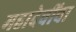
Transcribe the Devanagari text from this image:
महादेवींचा